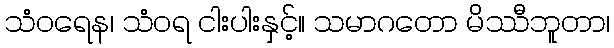
သံဝရေန၊ သံဝရ ငါးပါးနှင့်။ သမာဂတော မိဿီဘူတာ၊